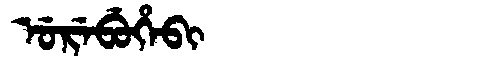
Manchu: ᡠᡵᡝᠪᡠᡥᡝᠪᡳ
Romanization: UREBUHEBI